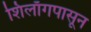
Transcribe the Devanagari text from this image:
शिलाँगपासून